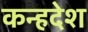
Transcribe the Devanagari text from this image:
कन्हदेश